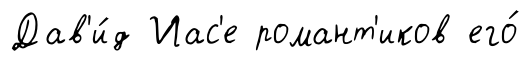
Дав'и́д Иас'е романт'иков его́